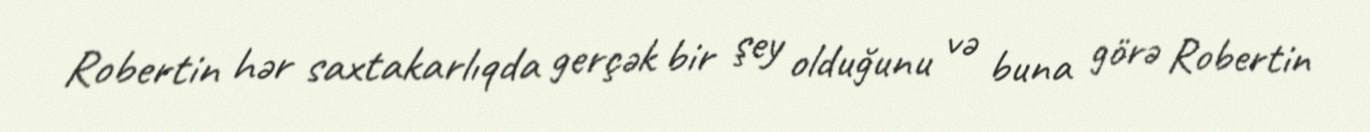
Robertin hər saxtakarlıqda gerçək bir şey olduğunu və buna görə Robertin